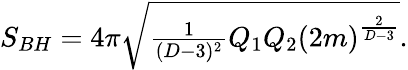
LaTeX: S_{BH}=4\pi\sqrt{{\textstyle{\frac{1}{(D-3)^{2}}}}Q_{1}Q_{2}{(2m)}^{\frac{2}{D-3}}}.